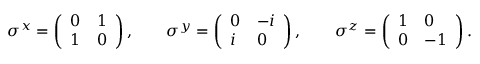
\begin{array} { r } { \sigma ^ { x } = \left( \begin{array} { l l } { 0 } & { 1 } \\ { 1 } & { 0 } \end{array} \right) , \qquad \sigma ^ { y } = \left( \begin{array} { l l } { 0 } & { - i } \\ { i } & { 0 } \end{array} \right) , \qquad \sigma ^ { z } = \left( \begin{array} { l l } { 1 } & { 0 } \\ { 0 } & { - 1 } \end{array} \right) . } \end{array}